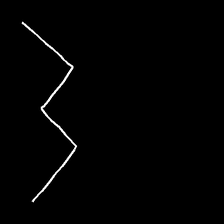
Glyph: crush